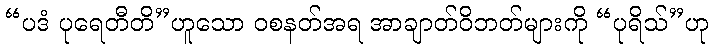
“ပဒံ ပုရေတီတိ”ဟူသော ဝစနတ်အရ အာချာတ်ဝိဘတ်များကို “ပုရိသ်”ဟု